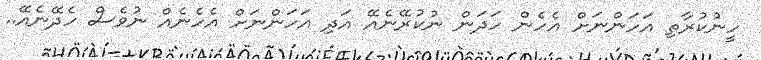
ހީނުކުރާތި އަހަންނަށް އެހެން ހަދަން ނުކުރޭނެއޭ އަދި އަހަންނަށް އެހެނެއް ނުވެސް ހެދޭނެއޭ..